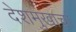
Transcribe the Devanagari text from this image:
देशमुखाचा